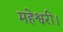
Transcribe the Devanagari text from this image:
महेश्वरी।